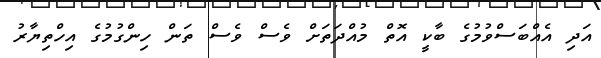
އަދި އެއްބަސްވުމުގެ ބާކީ އޮތް މުއްދަތަށް ވެސް ވެސް ތަން ހިންގުމުގެ އިހްތިޔާރު